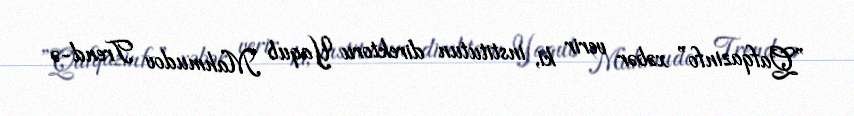
”Qafqazinfo” xəbər verir ki, institutun direktoru Yaqub Mahmudov Trend-ə